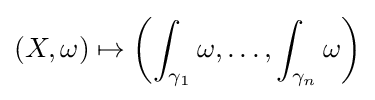
(X,\omega )\mapsto \left(\int _{\gamma _{1}}\omega ,\ldots ,\int _{\gamma _{n}}\omega \right)